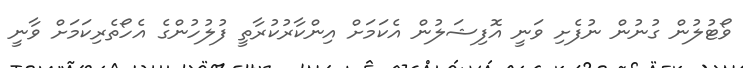
ވޯޓުލުން ގުނުން ނުފެށި ވަނީ އޮފިޝަލުން އެކަމަށް އިންކާރުކުރާތީ ފުލުހުންގެ އެހޯތެރިކަމަށް ވާނީ